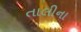
તાલીના